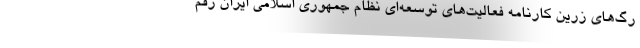
رگ‌های زرین کارنامه فعالیت‌های توسعه‌ای نظام جمهوری اسلامی ایران رقم